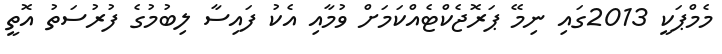
މެމްޕަކީ 2013ގައި ނިމޭ ޕަރޮޖެކްޓެއްކަމަށް ވުމާއި އެކު ފައިސާ ލިބުމުގެ ފުރުސަތު އޮތީ